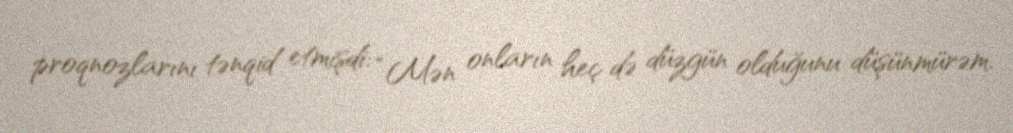
proqnozlarını tənqid etmişdi: “Mən onların heç də düzgün olduğunu düşünmürəm.